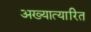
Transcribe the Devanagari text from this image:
अख्यात्यारित